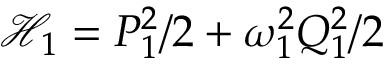
{ \mathcal { H } } _ { 1 } = P _ { 1 } ^ { 2 } / 2 + \omega _ { 1 } ^ { 2 } Q _ { 1 } ^ { 2 } / 2